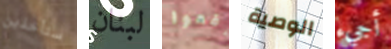
ستأخذين لبنان رفعوا الوصية أجيء